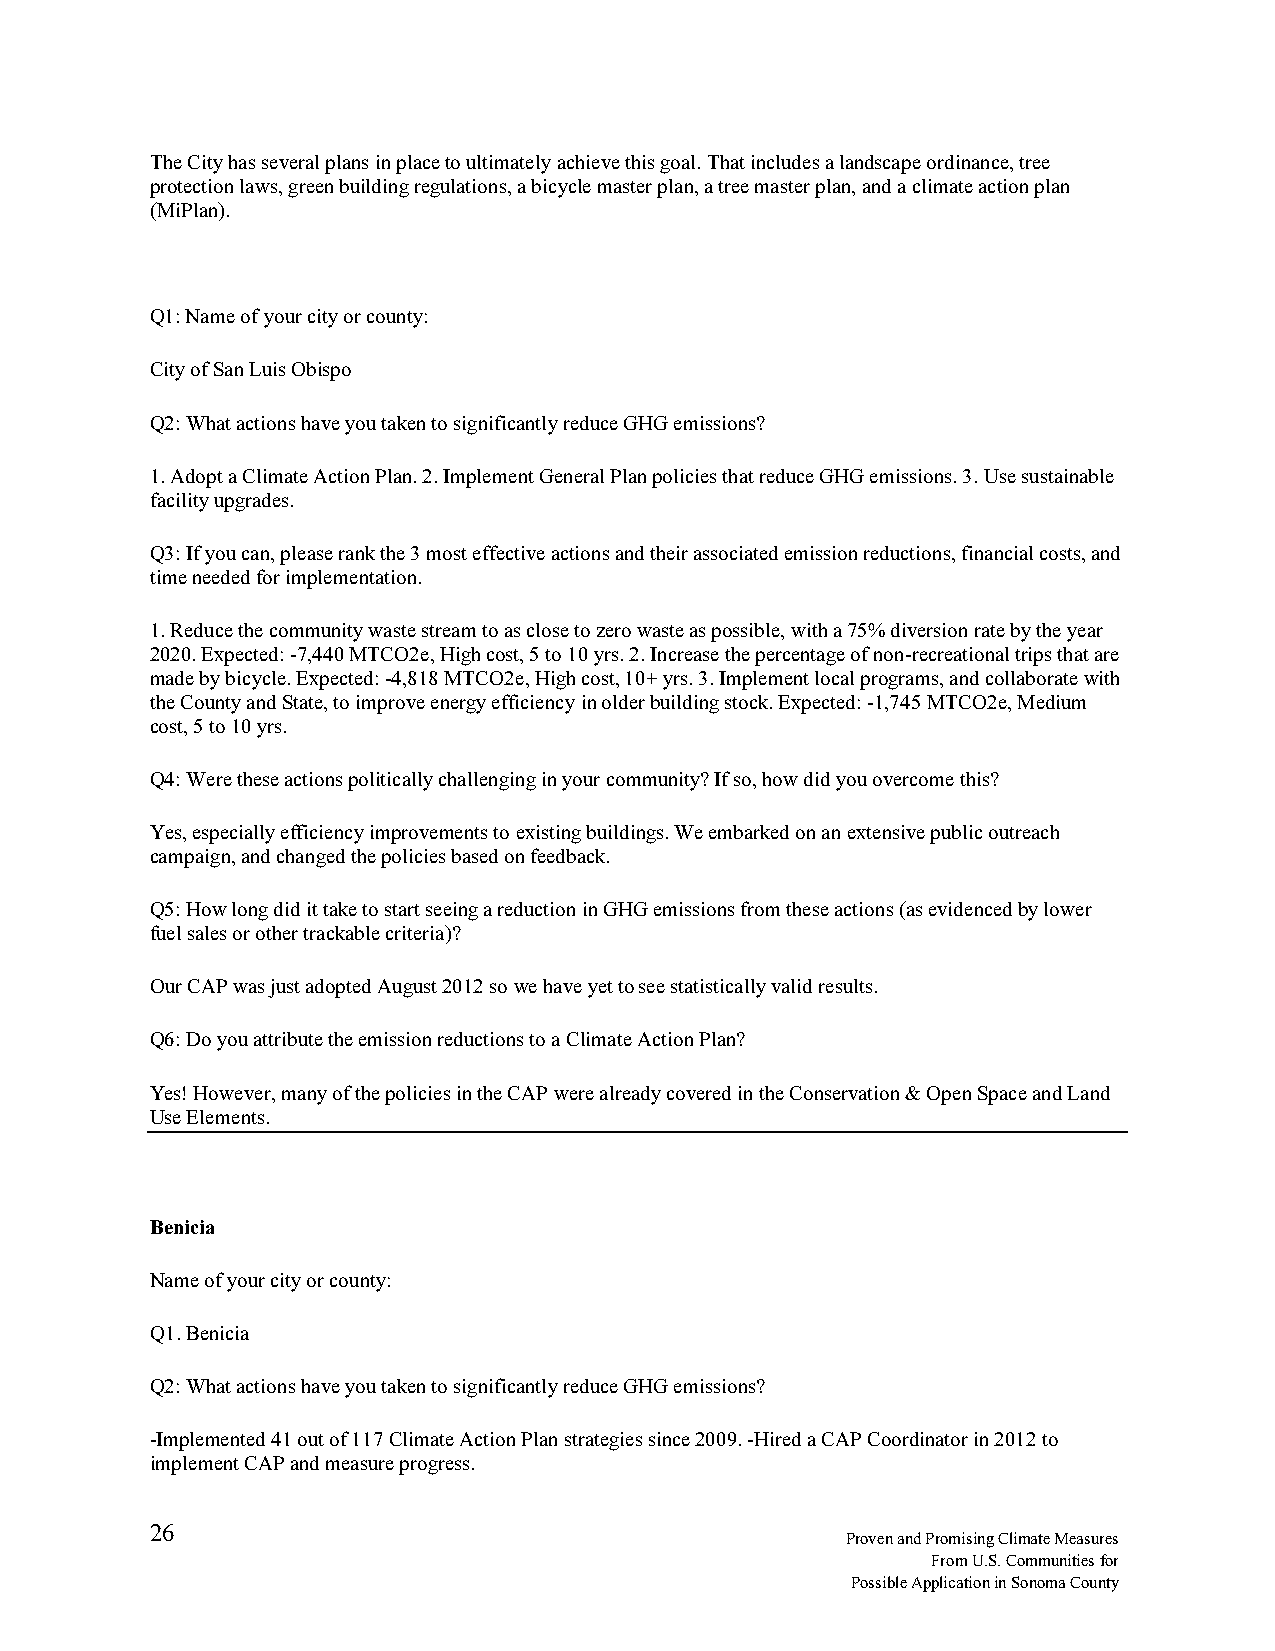
The City has several plans in place to ultimately achieve this goal. That includes a landscape ordinance, tree
 protection laws, green building regulations, a bicycle master plan, a tree master plan, and a climate action plan
 (MiPlan).
 Q1: Name of your city or county:
 City of San Luis Obispo
 Q2: What actions have you taken to significantly reduce GHG emissions?
 1. Adopt a Climate Action Plan. 2. Implement General Plan policies that reduce GHG emissions. 3. Use sustainable
 facility upgrades.
 Q3: If you can, please rank the 3 most effective actions and their associated emission reductions, financial costs, and
 time needed for implementation.
 1. Reduce the community waste stream to as close to zero waste as possible, with a 75% diversion rate by the year
 2020. Expected: -7,440 MTCO2e, High cost, 5 to 10 yrs. 2. Increase the percentage of non-recreational trips that are
 made by bicycle. Expected: -4,818 MTCO2e, High cost, 10+ yrs. 3. Implement local programs, and collaborate with
 the County and State, to improve energy efficiency in older building stock. Expected: -1,745 MTCO2e, Medium
 cost, 5 to 10 yrs.
 Q4: Were these actions politically challenging in your community? If so, how did you overcome this?
 Yes, especially efficiency improvements to existing buildings. We embarked on an extensive public outreach
 campaign, and changed the policies based on feedback.
 Q5: How long did it take to start seeing a reduction in GHG emissions from these actions (as evidenced by lower
 fuel sales or other trackable criteria)?
 Our CAP was just adopted August 2012 so we have yet to see statistically valid results.
 Q6: Do you attribute the emission reductions to a Climate Action Plan?
 Yes! However, many of the policies in the CAP were already covered in the Conservation & Open Space and Land
 Use Elements.
 Benicia
 Name of your city or county:
 Q1. Benicia
 Q2: What actions have you taken to significantly reduce GHG emissions?
 -Implemented 41 out of 117 Climate Action Plan strategies since 2009. -Hired a CAP Coordinator in 2012 to
 implement CAP and measure progress.
 26
 Proven and Promising Climate Measures
 From U.S. Communities for
 Possible Application in Sonoma County